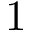
1